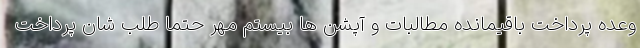
وعده پرداخت باقیمانده مطالبات و آپشن ها بیستم مهر حتما طلب شان پرداخت